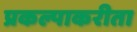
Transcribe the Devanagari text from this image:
प्रकल्पाकरीता